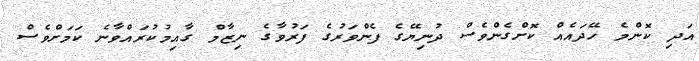
އަދި ކޮންމެ ހޭދައެއް ކޮށްގެންވެސް ދުނިޔޭގެ ފެންވަރުގެ ފަރުވާގެ ނިޒާމް ގާއިމުކުރައްވާނެ ކަމަށްވެސް